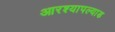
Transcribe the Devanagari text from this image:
आरश्यापल्याड